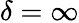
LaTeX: \delta=\infty